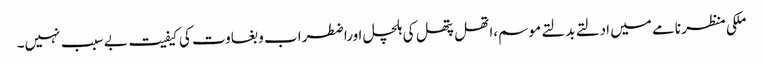
ملکی منظر نامے میں ادلتے بدلتے موسم،اتھل پتھل کی ہلچل اوراضطراب و بغاوت کی کیفیت بے سبب نہیں۔